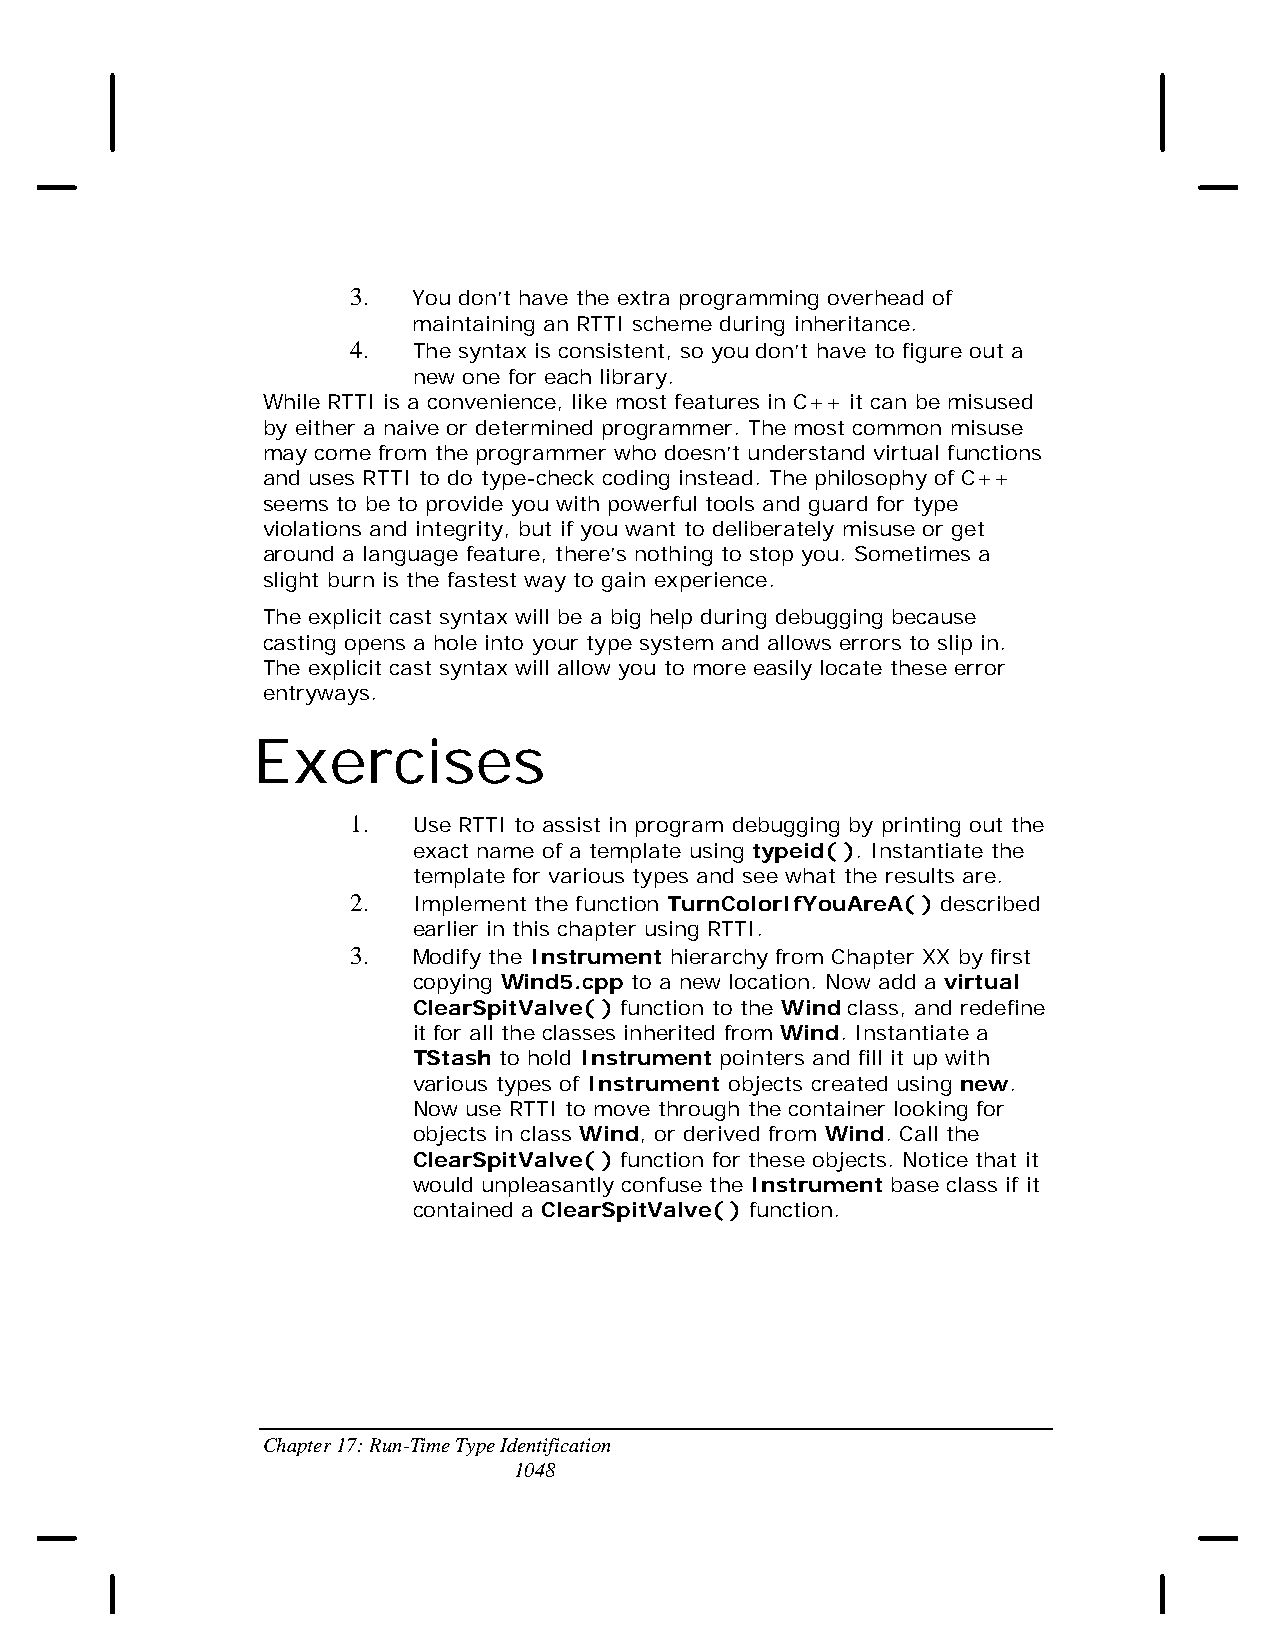
3.  You don’t have the extra programming overhead of
 maintaining an RTTI scheme during inheritance.
 4.  The syntax is consistent, so you don’t have to figure out a
 new one for each library.
 While RTTI is a convenience, like most features in C++ it can be misused
 by either a naive or determined programmer. The most common misuse
 may come from the programmer who doesn’t understand virtual functions
 and uses RTTI to do type-check coding instead. The philosophy of C++
 seems to be to provide you with powerful tools and guard for type
 violations and integrity, but if you want to deliberately misuse or get
 around a language feature, there’s nothing to stop you. Sometimes a
 slight burn is the fastest way to gain experience.
 The explicit cast syntax will be a big help during debugging because
 casting opens a hole into your type system and allows errors to slip in.
 The explicit cast syntax will allow you to more easily locate these error
 entryways.
 Exercises
 1.  Use RTTI to assist in program debugging by printing out the
 exact name of a template using typeid( ). Instantiate the
 template for various types and see what the results are.
 2.  Implement the function TurnColorIfYouAreA( ) described
 earlier in this chapter using RTTI.
 3.  Modify the Instrument hierarchy from Chapter XX by first
 copying Wind5.cpp to a new location. Now add a virtual
 ClearSpitValve( ) function to the Wind class, and redefine
 it for all the classes inherited from Wind. Instantiate a
 TStash to hold Instrument pointers and fill it up with
 various types of Instrument objects created using new.
 Now use RTTI to move through the container looking for
 objects in class Wind, or derived from Wind. Call the
 ClearSpitValve( ) function for these objects. Notice that it
 would unpleasantly confuse the Instrument base class if it
 contained a ClearSpitValve( ) function.
 Chapter 17: Run-Time Type Identification
 1048